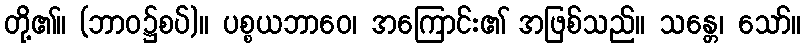
တို့၏။ (ဘာဝ၌စပ်)။ ပစ္စယဘာဝေ၊ အကြောင်း၏ အဖြစ်သည်။ သန္တေ၊ သော်။